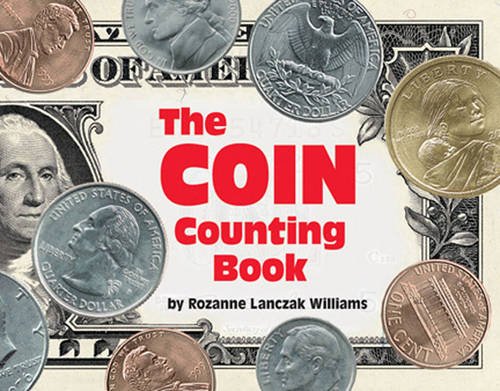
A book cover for The Coin Counting Book; Rozanne Lanczak Williams; Science & Math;